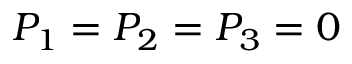
P _ { 1 } = P _ { 2 } = P _ { 3 } = 0